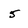
Character: 5